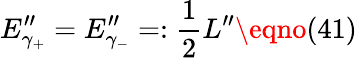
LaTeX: E_{\gamma_{+}}^{\prime\prime}=E_{\gamma_{-}}^{\prime\prime}=:{\frac{1}{2}}L^{\prime\prime}\eqno(41)